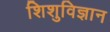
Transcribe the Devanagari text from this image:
शिशुविज्ञान